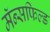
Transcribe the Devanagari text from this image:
मॅन्सफिल्ड